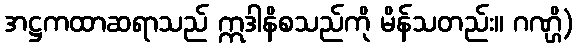
အဋ္ဌကထာဆရာသည် ဣဒါနိစသည်ကို မိန်သတည်း။ ဂဏ္ဌိ)